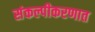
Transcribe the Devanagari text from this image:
संकल्पीकरणात